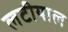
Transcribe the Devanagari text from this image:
लटीयाल